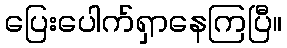
ပြေးပေါက်ရှာနေကြပြီ။